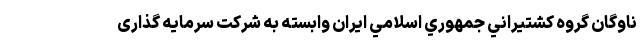
ناوگان گروه كشتيراني جمهوري اسلامي ايران وابسته به شرکت سرمایه گذاری